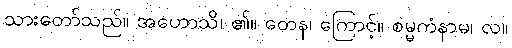
သားတော်သည်။ အဟောသိ၊ ၏။ တေန၊ ကြောင့်။ စမ္မကံနာမ၊ လ။